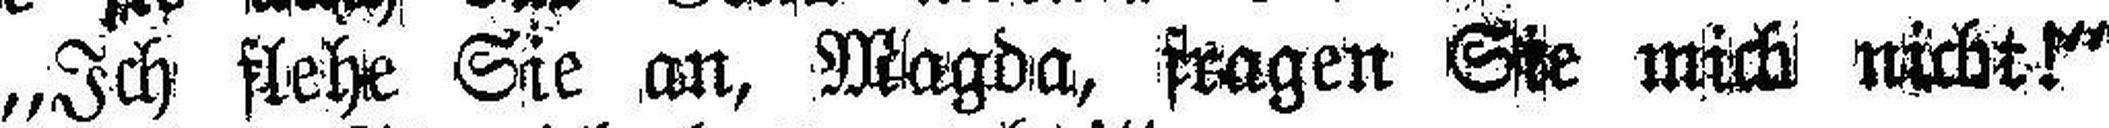
„Ich flehe Sie an, Magda, fragen Sie mich nicht!“